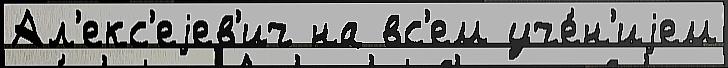
Ал'екс'еjев'ич на вс'ем уче́н'иjем